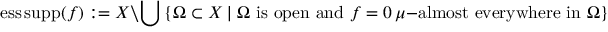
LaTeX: \operatorname { e s s \, s u p p } ( f ) : = X \setminus \bigcup \left\{ \Omega \subset X \mid \Omega { \mathrm { ~ i s ~ o p e n ~ a n d ~ } } f = 0 \, \mu { \mathrm { - a l m o s t ~ e v e r y w h e r e ~ i n ~ } } \Omega \right\} .